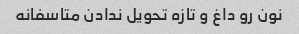
نون رو داغ و تازه تحویل ندادن متاسفانه